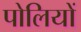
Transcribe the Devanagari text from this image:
पोलियों